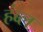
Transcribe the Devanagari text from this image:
हंब्ल